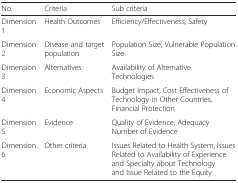
| No. | Criteria | Sub criteria |
 | --- | --- | --- |
 | Dimension 1 | Health Outcomes | Efficiency/Effectiveness, Safety |
 | Dimension 2 | Disease and target population | Population Size, Vulnerable Population Size |
 | Dimension 3 | Alternatives | Availability of Alternative Technologies |
 | Dimension 4 | Economic Aspects | Budget Impact, Cost Effectiveness of Technology in Other Countries, Financial Protection |
 | Dimension 5 | Evidence | Quality of Evidence, Adequacy Number of Evidence |
 | Dimension 6 | Other criteria | Issues Related to Health System, Issues Related to Availability of Experience and Specialty about Technology and Issue Related to the Equity |